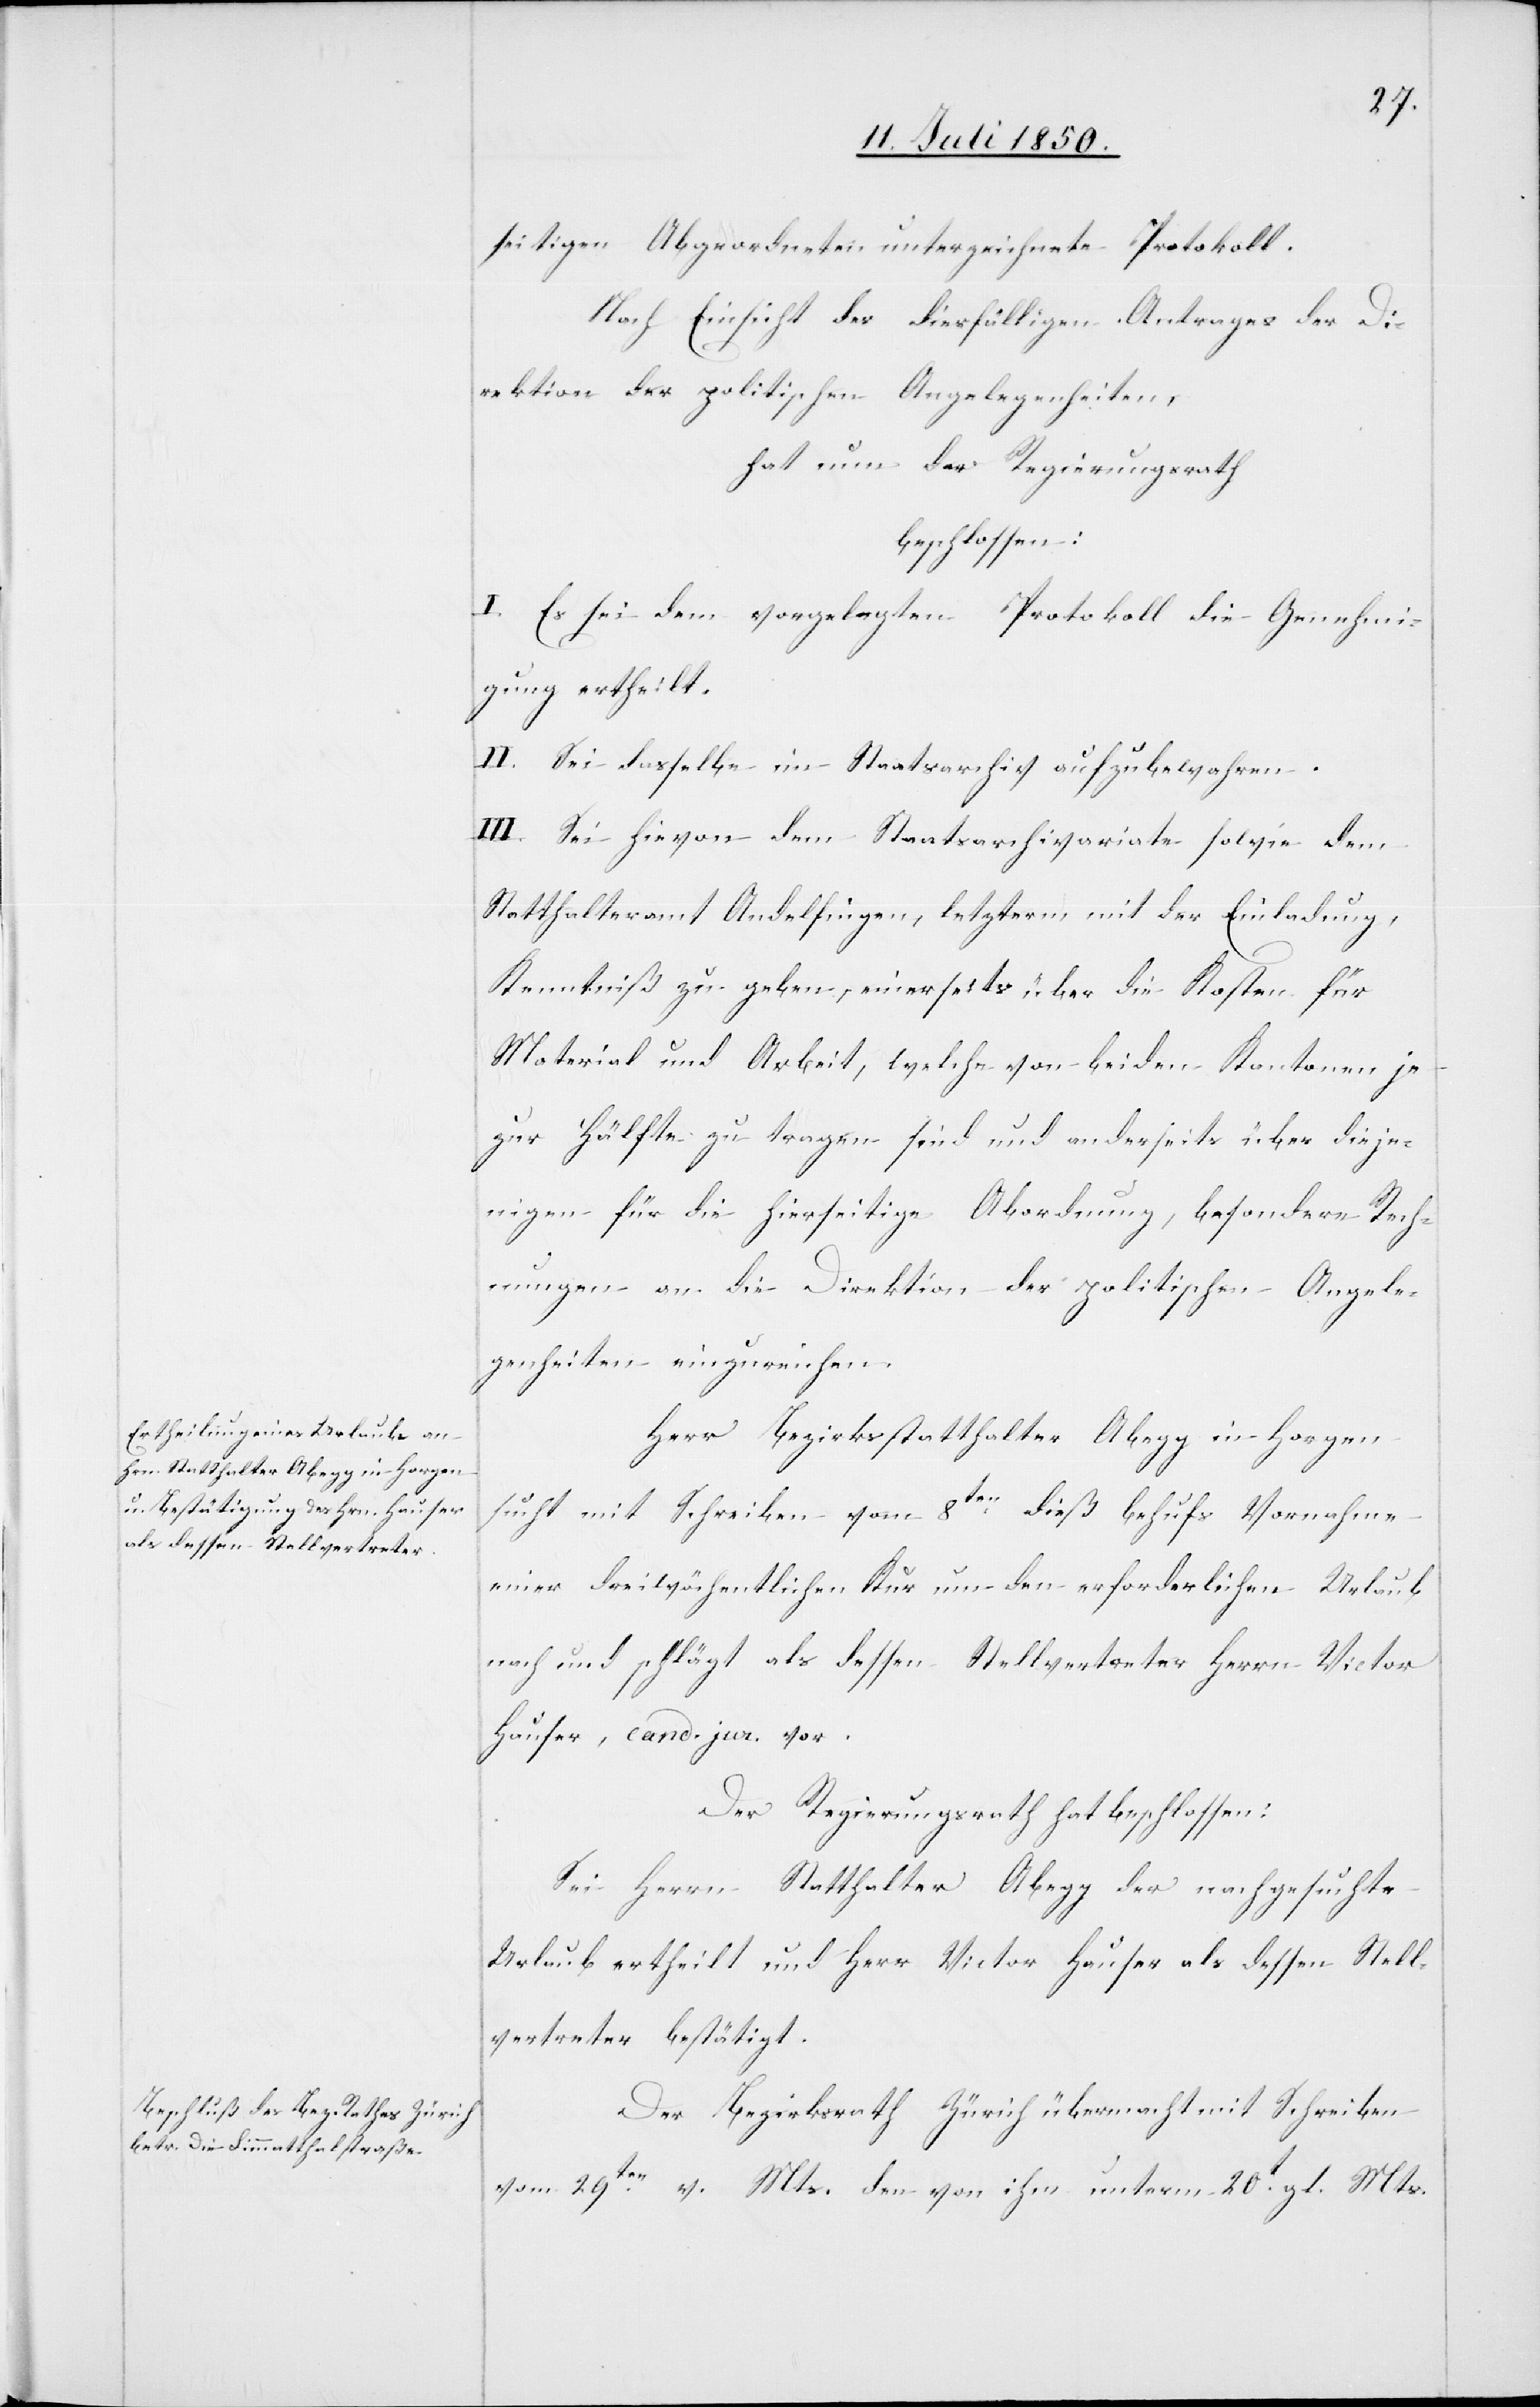
seitigen Abgeordneten unterzeichnete Protokoll.
Nach Einsicht des diesfälligen Antrages der Di¬
rektion der politischen Angelegenheiten,
hat nun der Regierungsrath
beschlossen:
I. Es sei dem vorgelegten Protokoll die Genehmi¬
gung ertheilt.
II. Sei dasselbe im Staatsarchiv aufzubewahren.
III. Sei hievon dem Staatsarchivariate sowie dem
Statthalteramt Andelfingen, letzterm mit der Einladung,
Kenntniß zu geben, einerseits über die Kosten für
Material und Arbeit, welche von beiden Kantonen je
zur Hälfte zu tragen sind und anderseits über dieje¬
nigen für die hierseitige Abordnung, besondere Rech¬
nungen an die Direktion der politischen Angele¬
genheiten einzureichen.
Herr Bezirksstatthalter Abegg in Horgen
sucht mit Schreiben vom 8ten dieß behufs Vornahme
einer dreiwöchentlichen Kur um den erforderlichen Urlaub
nach und schlägt als dessen Stellvertreter Herrn Victor
Hauser, cand. jur. vor.
Der Regierungsrath hat beschlossen:
Sei Herrn Statthalter Abegg der nachgesuchte
Urlaub ertheilt und Herr Victor Hauser als dessen Stell¬
vertreter bestätigt.
Der Bezirksrath Zürich übermacht mit Schreiben
vom 29ten v. Mts. den von ihm unterm 20t gl. Mts.